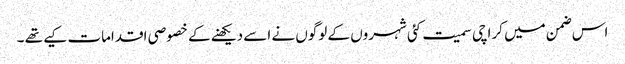
اس ضمن میں کراچی سمیت کئی شہروں کے لوگوں نے اسے دیکھنے کے خصوصی اقدامات کیے تھے ۔